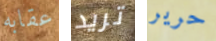
عقابه تريد حرير